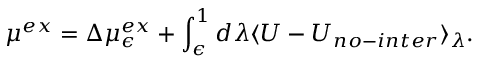
\mu ^ { e x } = \Delta \mu _ { \epsilon } ^ { e x } + \int _ { \epsilon } ^ { 1 } d \lambda \ensuremath { \langle { U - U _ { n o - i n t e r } } \rangle } _ { \lambda } .